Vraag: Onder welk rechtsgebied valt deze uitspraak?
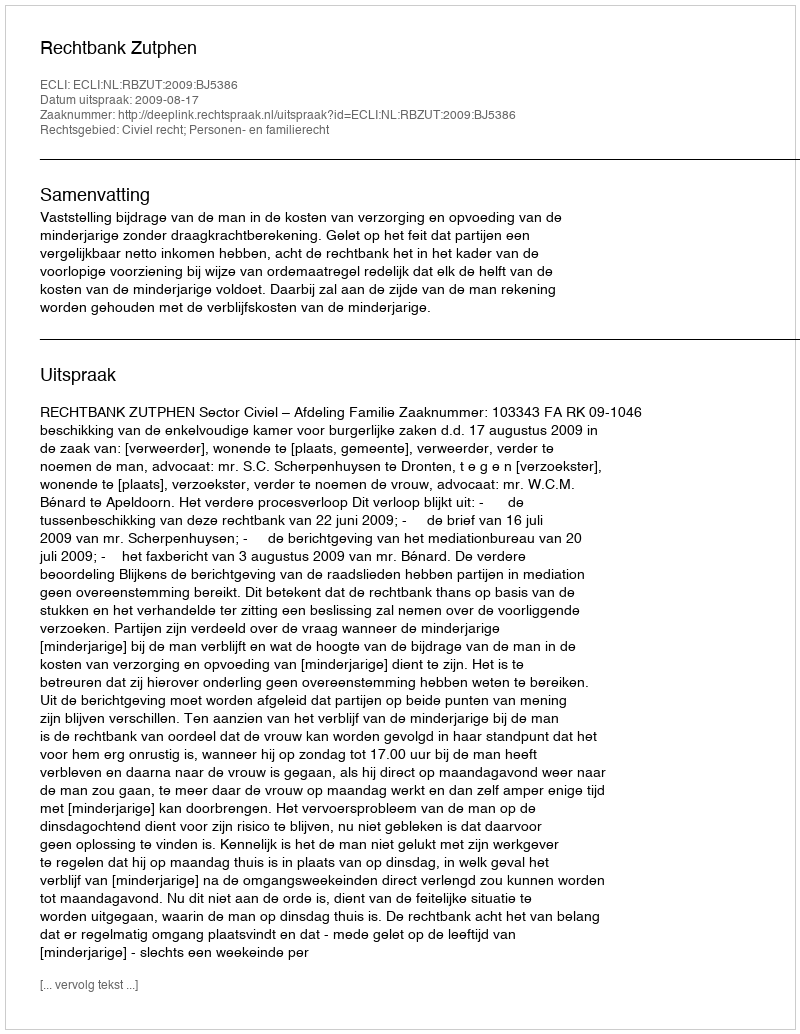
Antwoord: Civiel recht; Personen- en familierecht